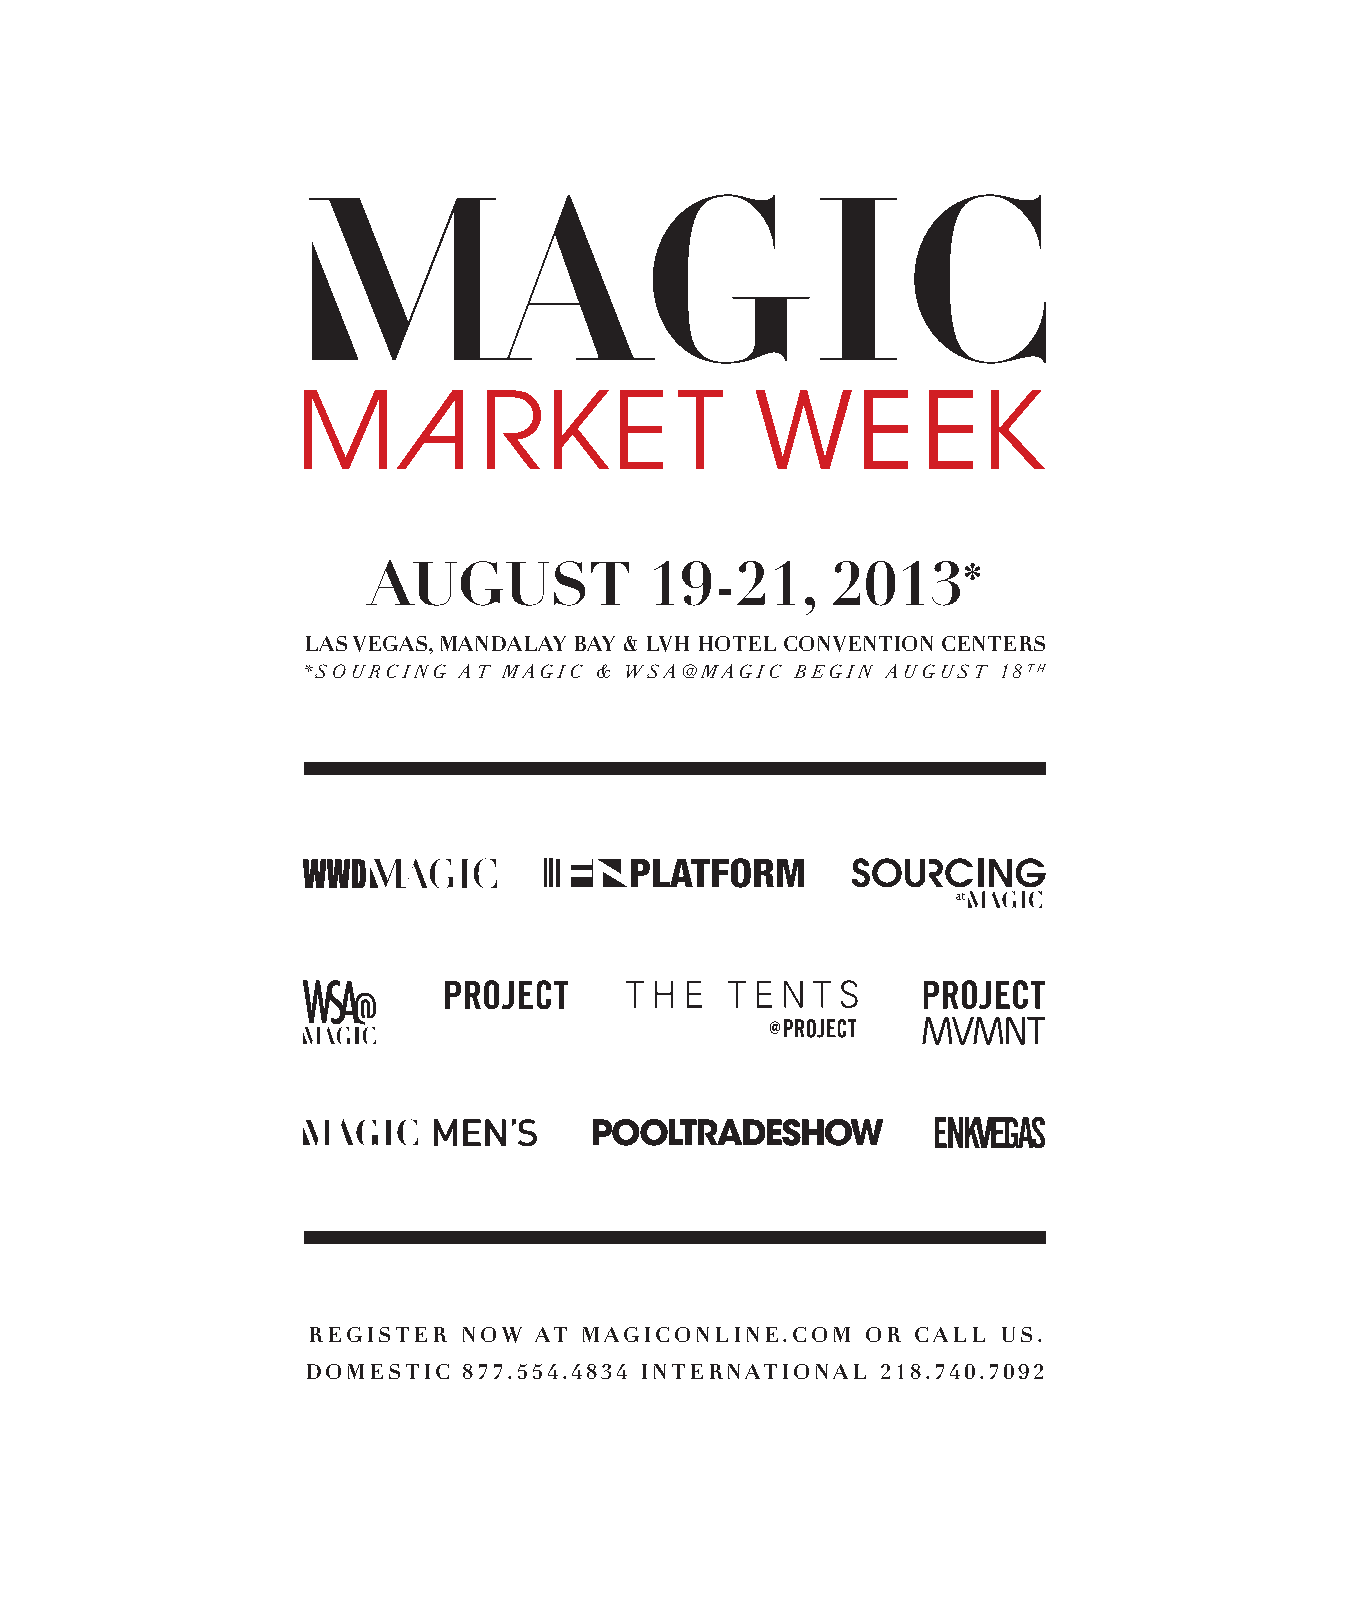
AUGUST             19-21,      2013
 *
 LAS VEGAS, MANDALAY BAY & LVH HOTEL CONVENTION CENTERS
 *SOURCING AT MAGIC & WSA@MAGIC  BEGIN AUGUST  18TH
 REGISTER  NOW  AT MAGICONLINE.COM    OR CALL  US.
 DOMESTIC  877.554.4834 INTERNATIONAL  218.740.7092
 mbcyyelaaallcgonkewnta                         ES246290_LIC0513_099_FP.pgs 05.03.2013 22:46 ADV